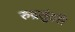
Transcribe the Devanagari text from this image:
रुद्रसुंदरी